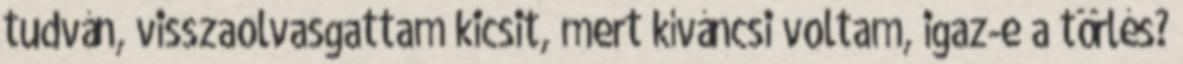
tudván, visszaolvasgattam kicsit, mert kíváncsi voltam, igaz-e a törlés?